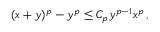
( x + y ) ^ { p } - y ^ { p } \leq C _ { p } y ^ { p - 1 } x ^ { p } \, ,